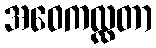
အဝေကလ္လတာ